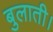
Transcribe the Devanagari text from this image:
बुलाती।